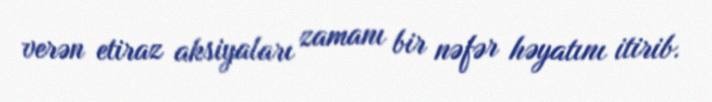
verən etiraz aksiyaları zamanı bir nəfər həyatını itirib.